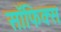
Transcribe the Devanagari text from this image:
सॉफिक्स